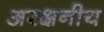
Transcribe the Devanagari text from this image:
अरक्षनीय